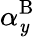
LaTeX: \alpha_{\mathit{y}}^{\mathrm{{B}}}